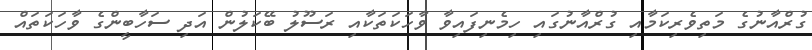
ގުރްއާނުގެ މަތިވެރިކަމާއި ގުރްއާނުގައި ހިމެނިފައިވާ ވާހަކަތަކާއި ރަސޫލު ބޭކަލުން އަދި ސަހާބީންގެ ވާހަކަތައް